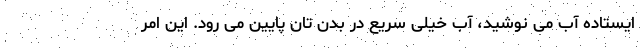
ایستاده آب می نوشید، آب خیلی سریع در بدن تان پایین می رود. این امر